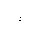
Letter: _lam